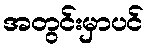
အတွင်းမှာပင်